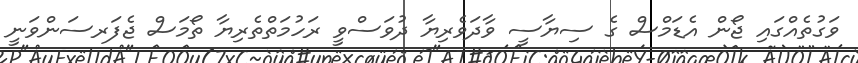
ވަގުތެއްގައި ޖޯން އެޑަމްސް ގެ ސިޔާސީ ވާދަވެރިޔާ ދުވަސްވީ ރަހުމަތްތެރިޔާ ތޯމަސް ޖެފަރސަންވަނީ